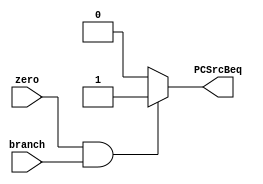
module branchEnable(input zero, branch, output PCSrcBeq);
	assign PCSrcBeq = (zero && branch) ? 1 : 0;
endmodule